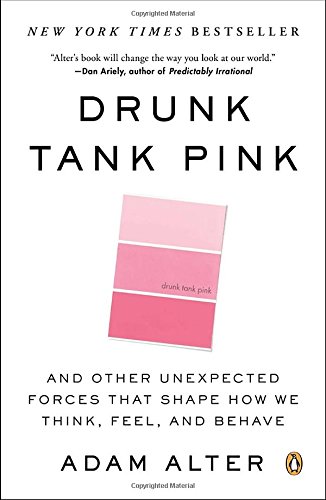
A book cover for Drunk Tank Pink: And Other Unexpected Forces That Shape How We Think, Feel, and Behave; Adam Alter; Business & Money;